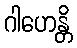
ဂါဟေန္တိ